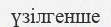
үзілгенше